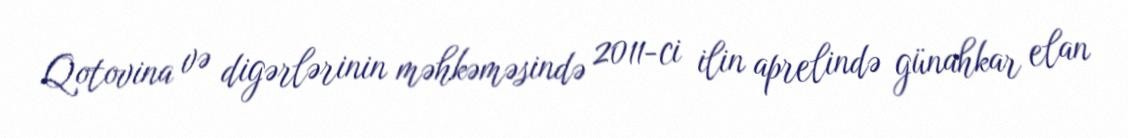
Qotovina və digərlərinin məhkəməsində 2011-ci ilin aprelində günahkar elan